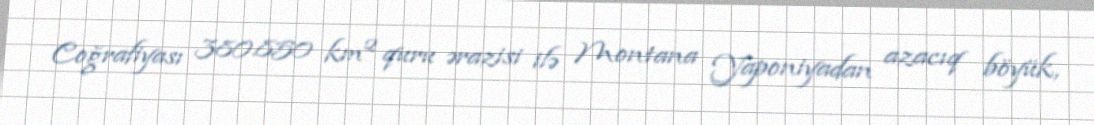
Coğrafiyası 380.850 km² quru ərazisi ilə Montana Yaponiyadan azacıq böyük,